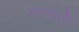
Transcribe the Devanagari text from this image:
आप्तदूती